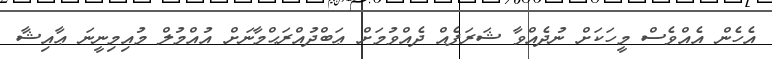
އެހެން އެއްވެސް މީހަކަށް ނުދެއްވާ ޝަރަފެއް ދެއްވުމަށް ޢަބްދުއްރަޙްމާނަށް އުއްމުލް މުއިމިނީނަ ޢާއިޝާ